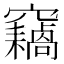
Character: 𱷟